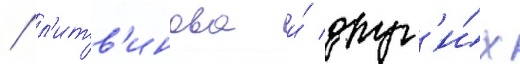
/ л'итв'инова и́ друг'и́х